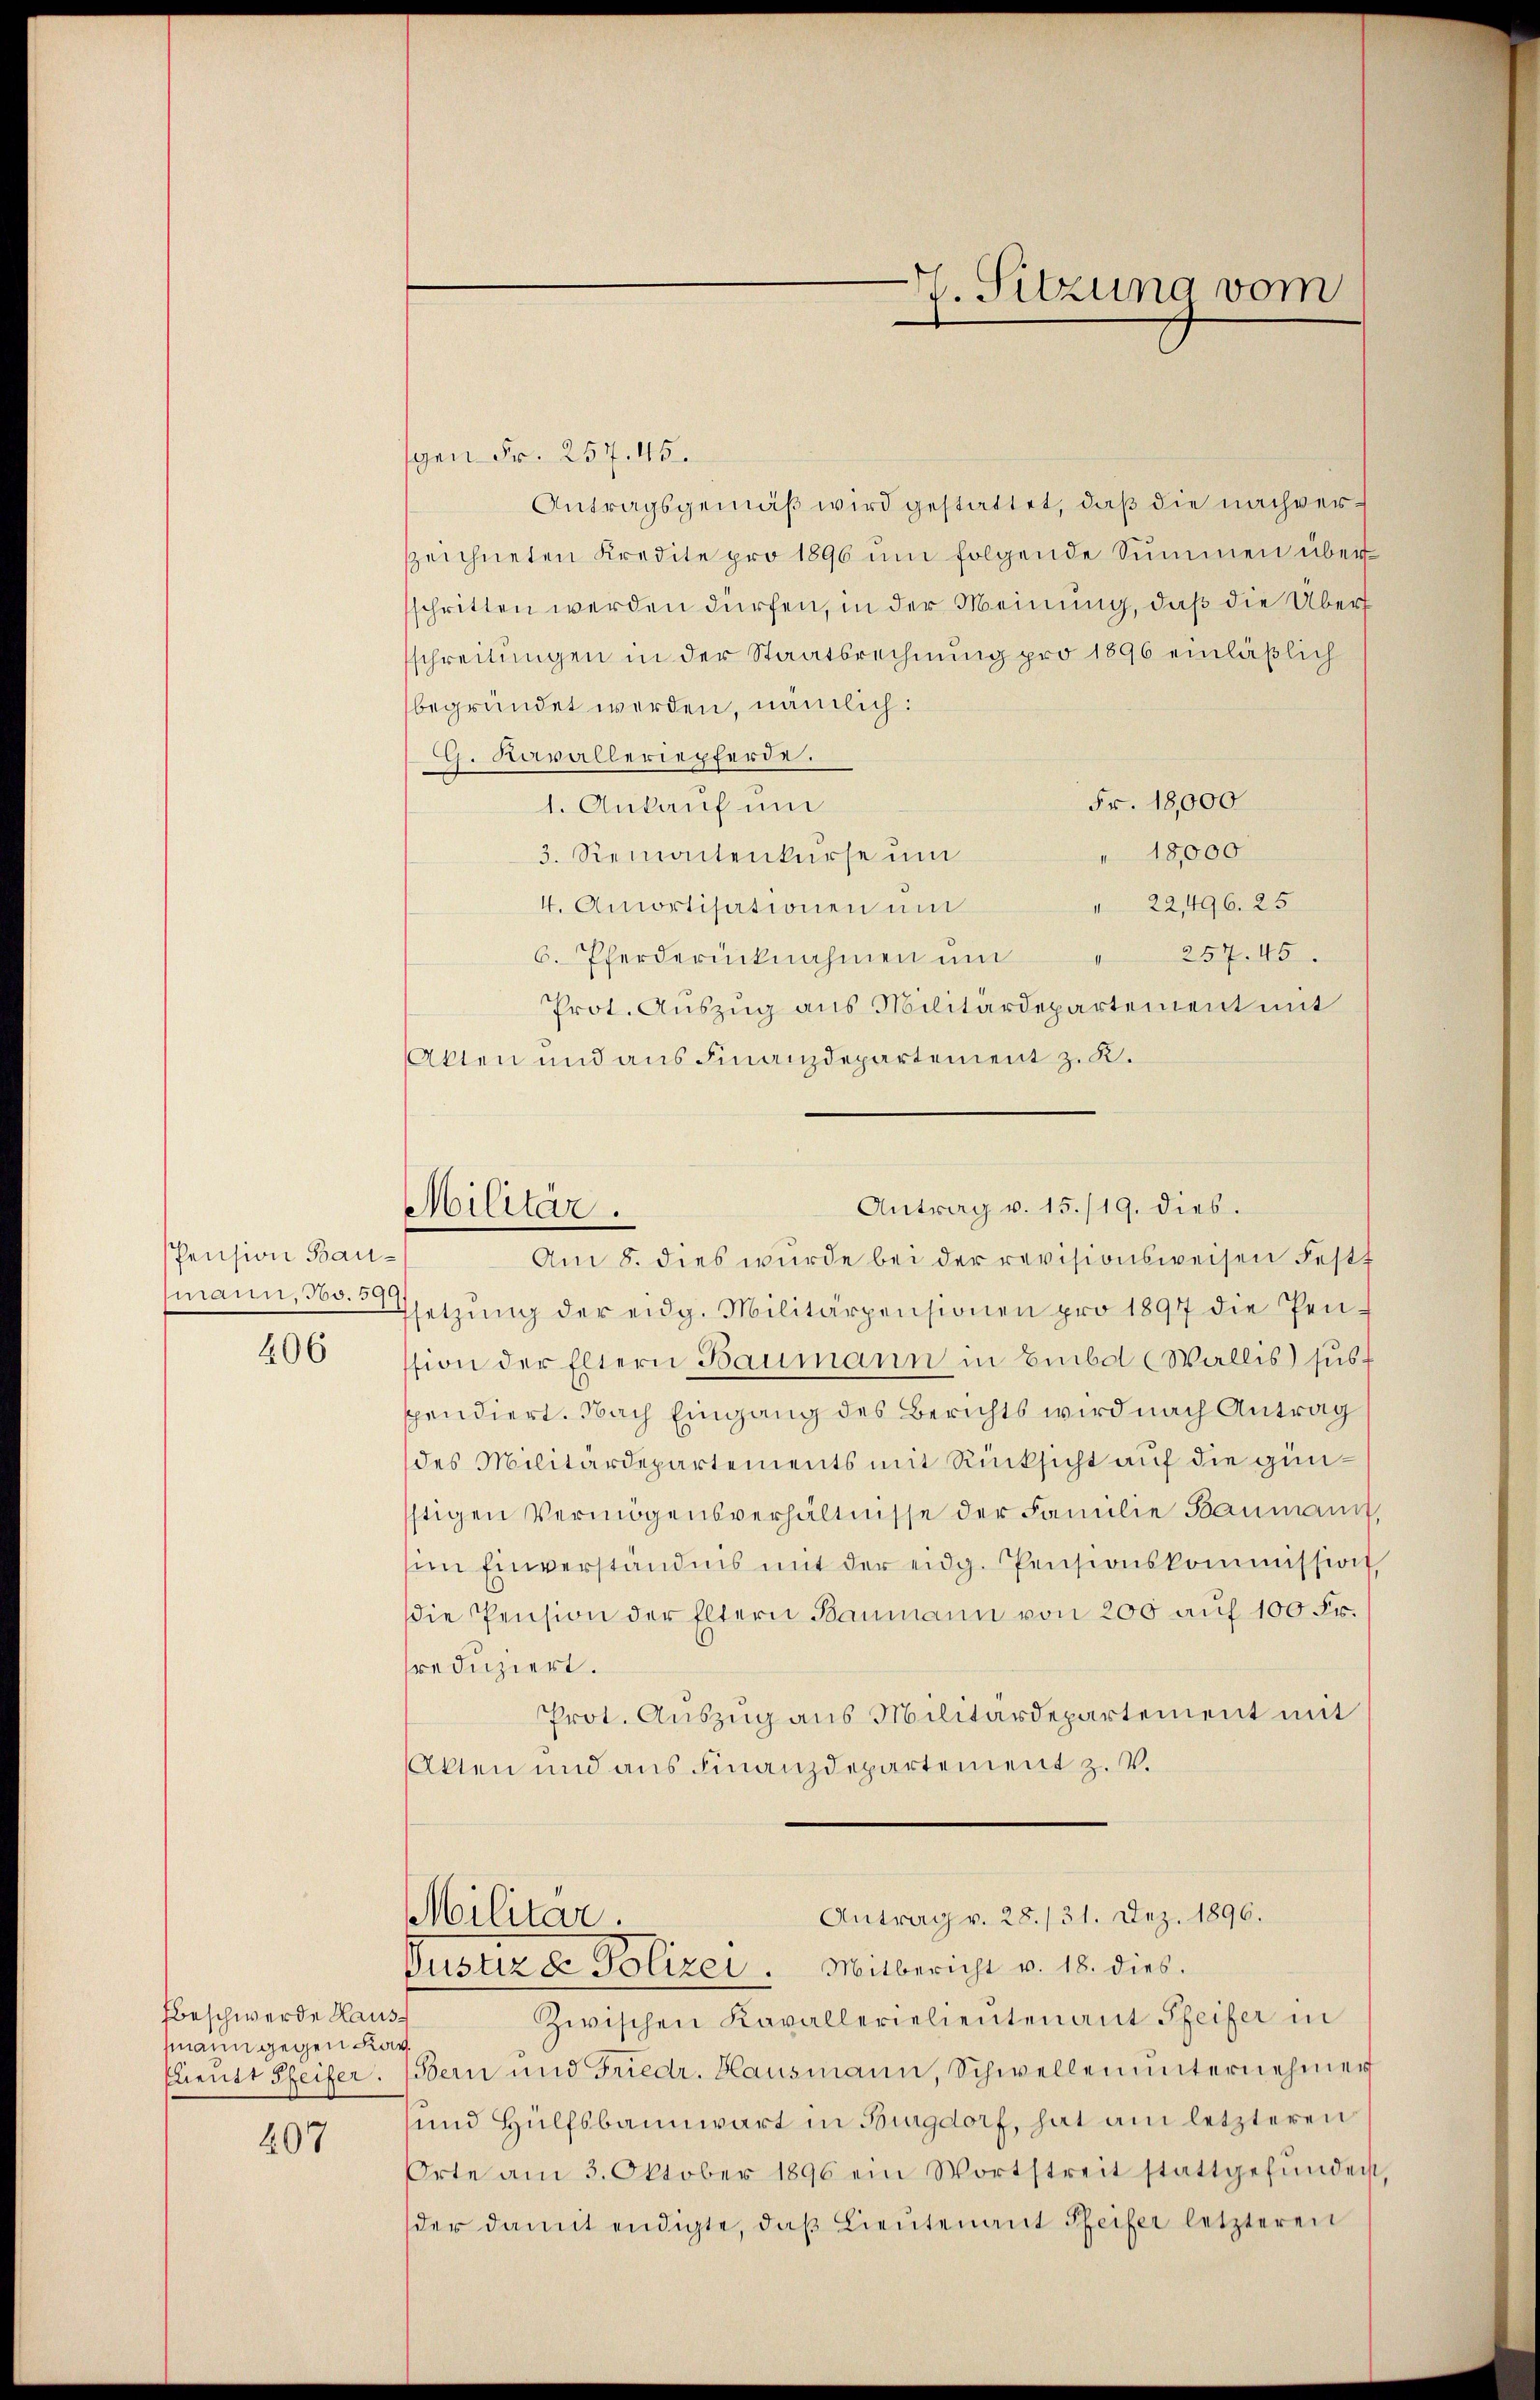
Pension Bau¬

406

Beschwerde Haus-
smann gegen Kar
Elienst Pfeifer.

207

H. Sitzung vom

gen Fr. 257. 45.
Antragsgemäß wird gestattet, daß die nachverzzeichneten Kredite pro 1896 ŭm folgende Summen übersschritten werden dürfen, in der Meinung, daß die Übersschreitungen in der Staatsrechnung pro 1896 einläßlich
begründet werden, nämlich:
G. Kavalleriepferde.
Fr. 18,000
1. Ankauf um
" 18,000
3. Niemantenkurse ŭm
" 22,496. 25
4. Amortisationen mit
6. Pferderücknahmen ŭm " 257. 45.
Prot. Auszug aus Militärdepartement mit
Akten und aus Finanzdepartement z. K.
Antrag v. 15./19. dies.
Militär.
Am 8. dies wurde bei der revisionsweisen Festt
mann, 300 Metzŭng der eidg. Militärpensionen pro 1897 die Pen-
ssion der Eltern Baumann in Embol (Wallis susf
spendiert. Nach Eingang des Berichts wird nach Antrag
des Militärdepartements mit Rücksicht auf die günstigen Vermögensverhältnisse der Familie Baumann,
sim Einverständnis mit der eidg. Pensionskommission
die Pension der Eltern Baumann von 200 auf 100 Fr.
sreduziert.
Prot. Auszug aus Militärdepartement mit
Akten und aus Finanzdepartement z. V.

Antrag v. 28./31. Dez. 1896.
Militär.
Justiz & Polizei. Mitbericht v. 18. dies.

Zwischen Kavallerielieutenant Pfeifer in
Bern und Friedr. Hausmann, Schwellenŭnternehmer
und Hülfsbannwart in Burgdorf, hat am letzteren
Orte am 3. Oktober 1896 ein Wortstreit stattgefŭnden,
der damit endigte, daβ Lieŭtenant Pfeifer letzteren